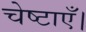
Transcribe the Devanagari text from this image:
चेष्टाएँ।